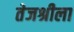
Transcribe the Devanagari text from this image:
तेजश्रीला